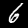
Label: 6